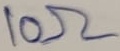
Text: 10Ω